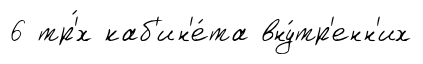
6 тр'́х каб'ин'е́та вну́тр'енн'их